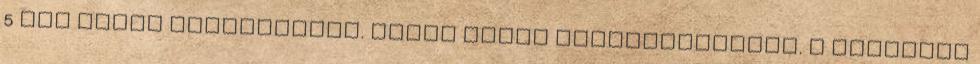
5 dkg vajon átforgatjuk. Kevés sóval megfűszerezzük. A karalábé